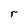
Character: r